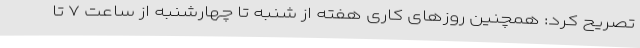
تصریح کرد: همچنین روزهای کاری هفته از شنبه تا چهارشنبه از ساعت ۷ تا